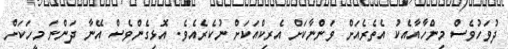
ދުވަހުވެެސް މިންހާއާއެކު އެތެރެއަށް ވަންނާކަށް އެރިކްއަކަށް ނުކެރެއެވެ. އޮޅިގެންވެސް އޭނާ ދަންނަ މީހަކަށް